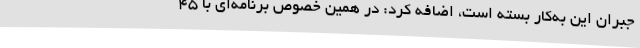
جبران این به‌کار بسته است، اضافه کرد: در همین خصوص برنامه‌ای با 45